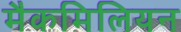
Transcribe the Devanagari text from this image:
मैकमिलियन